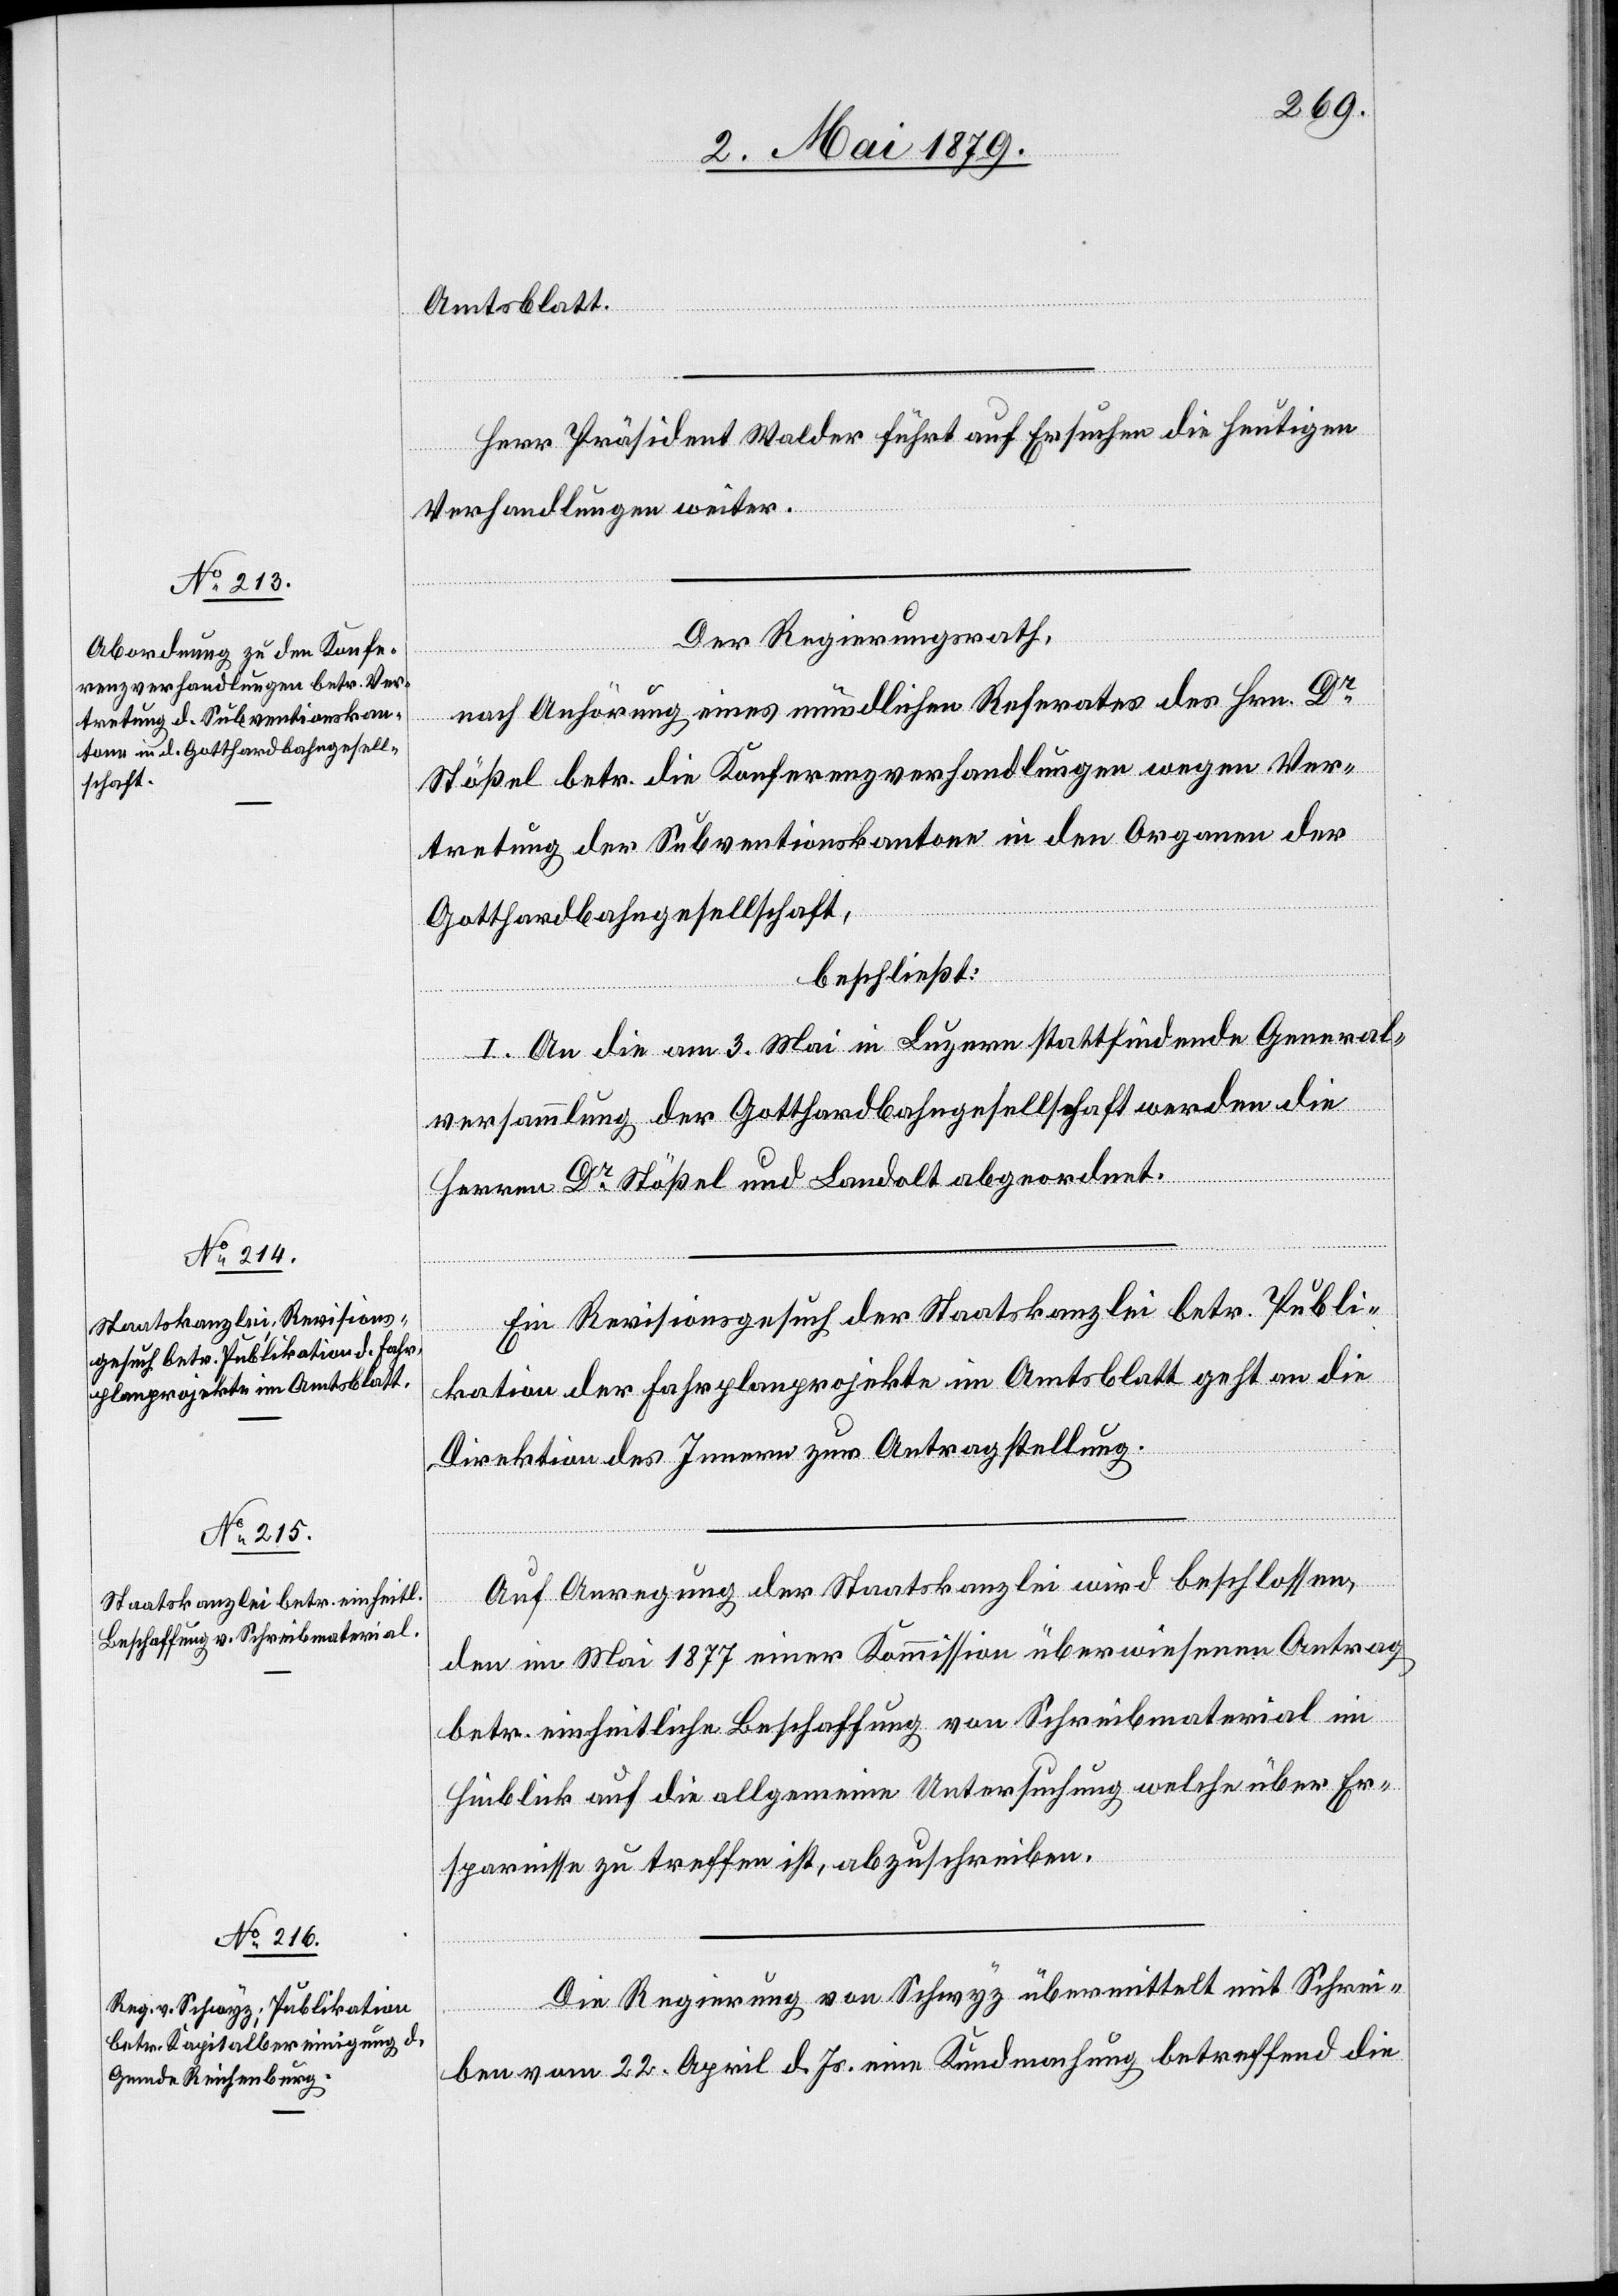
Amtsblatt.
Herr Präsident Walder führt auf Ersuchen die heutigen
Verhandlungen weiter.
Der Regierungsrath,
nach Anhörung eines mündlichen Referates des Hrn. Dr
Stößel betr. die Konferenzverhandlungen wegen Ver¬
tretung der Subventionskantone in den Organen der
Gotthardbahngesellschaft,
beschließt:
I. An die am 3. Mai in Luzern stattfindende General¬
versammlung der Gotthardbahngesellschaft werden die
Herren Dr Stößel und Landolt abgeordnet.
Ein Revisionsgesuch der Staatskanzlei betr. Publi¬
kation der Fahrplanprojekte im Amtsblatt geht an die
Direktion des Innern zur Antragstellung.
Auf Anregung der Staatskanzlei wird beschlossen,
den im Mai 1877 einer Kommission überwiesenen Antrag
betr. einheitliche Beschaffung von Schreibmaterial im
Hinblick auf die allgemeine Untersuchung welche über Er¬
sparnisse zu treffen ist, abzuschreiben.
Die Regierung von Schwyz übermittelt mit Schrei¬
ben vom 22. April d. Js. eine Kundmachung betreffend die